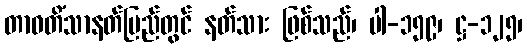
တာဝတိံသာနတ်ပြည်တွင် နတ်သား ဖြစ်သည်၊ ပါ-၁၅၉၊ ဋ္ဌ-၁၂၅၊